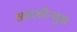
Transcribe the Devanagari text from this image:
आदर्शोन्‍मुख